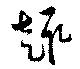
趣